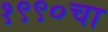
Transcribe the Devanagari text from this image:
१९९०चा